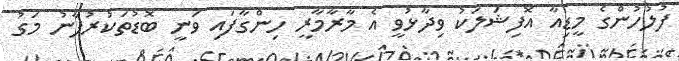
ފުލުހުންގެ މީޑިއާ އޮފިޝަލަކު ވިދާޅުވީ އެ މާރާމާރީ ހިންގާފައި ވަނީ ބޮޑުތަކުރުފާނު މަގު